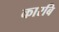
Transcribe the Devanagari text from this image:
कारबि